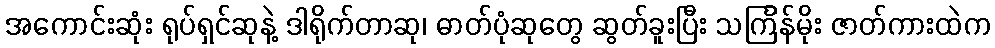
အကောင်းဆုံး ရုပ်ရှင်ဆုနဲ့ ဒါရိုက်တာဆု၊ ဓာတ်ပုံဆုတွေ ဆွတ်ခူးပြီး သင်္ကြန်မိုး ဇာတ်ကားထဲက